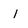
Character: I